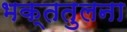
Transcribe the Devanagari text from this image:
भक्ततुलना